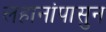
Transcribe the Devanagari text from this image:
लहानांपासुन